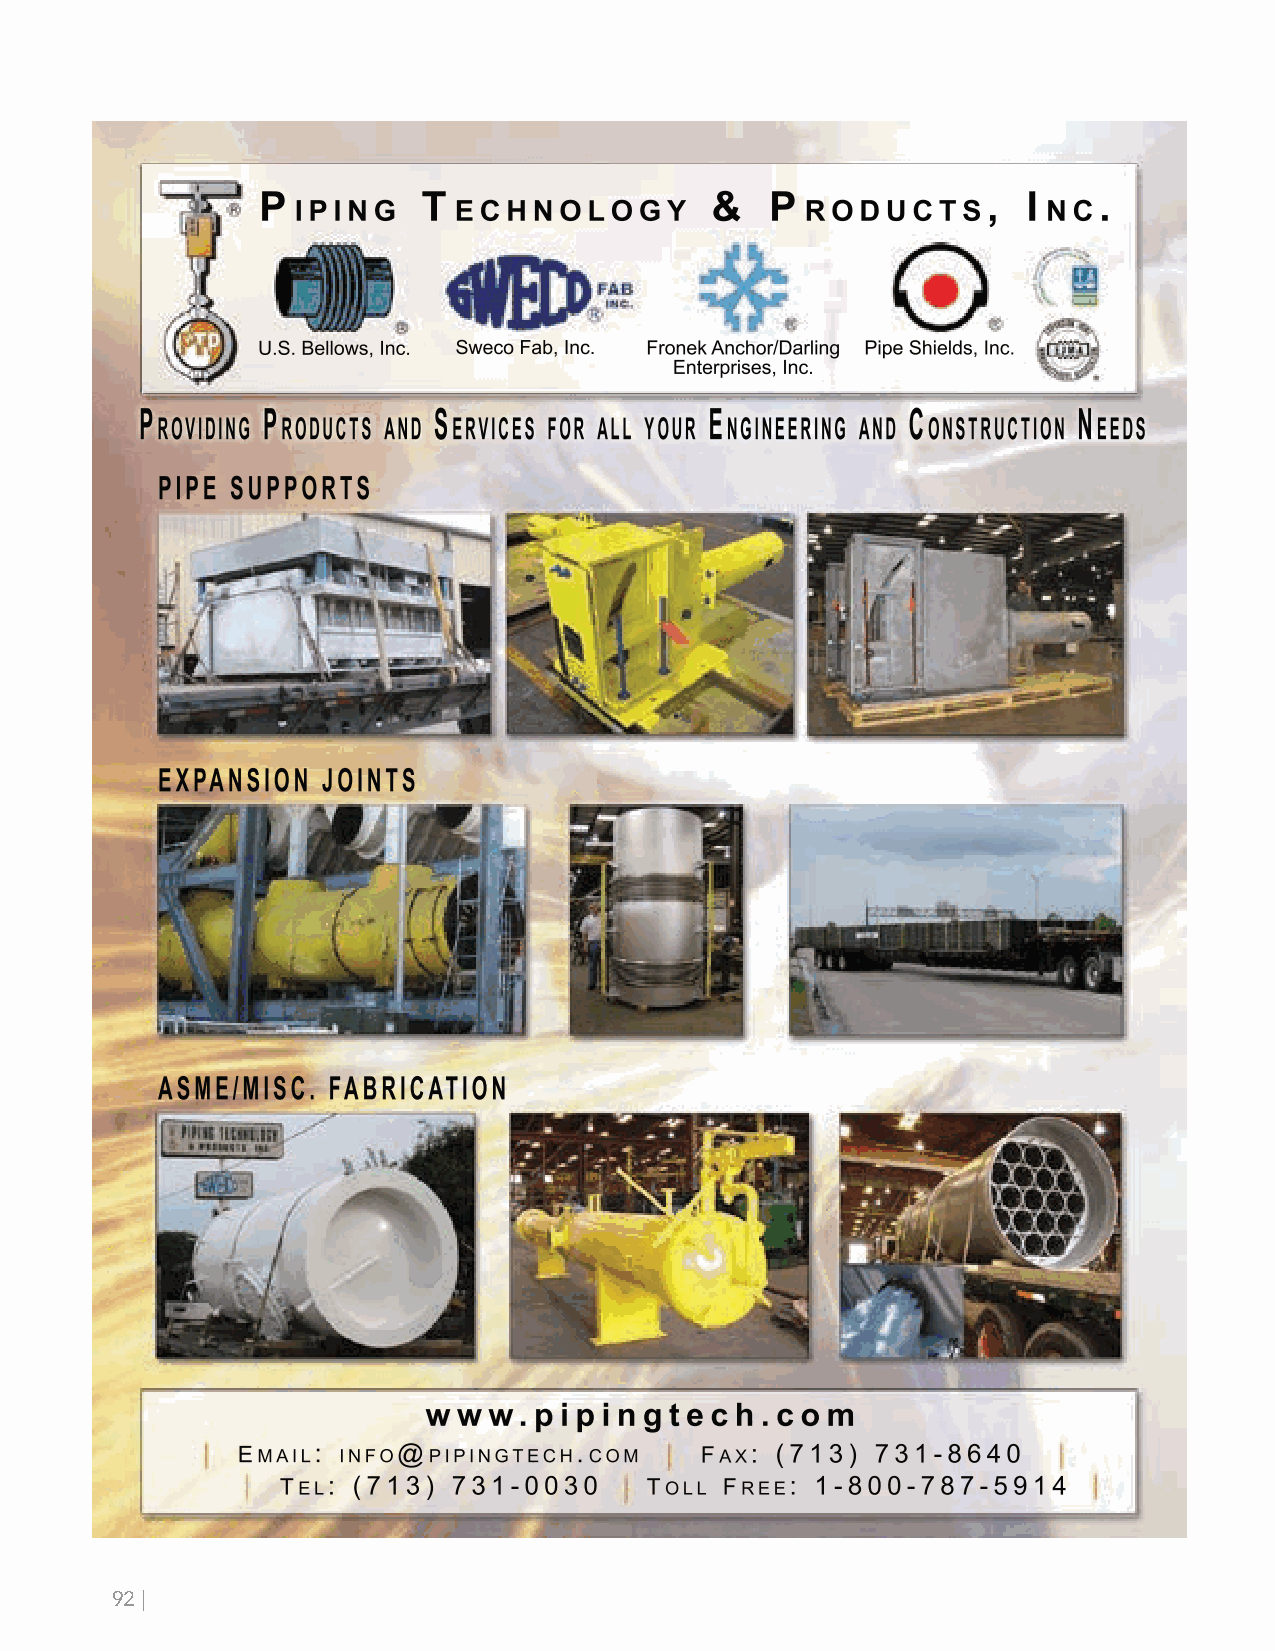
IACCGHgala2018_print.pdf 1                                      7/14/2018 9:31:43 AM
 92 |